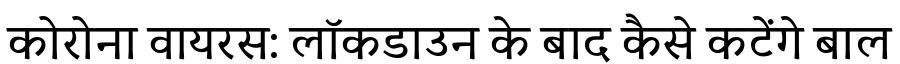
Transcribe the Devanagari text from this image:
कोरोना वायरस: लॉकडाउन के बाद कैसे कटेंगे बाल